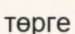
төрге